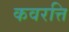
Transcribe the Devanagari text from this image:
कवरत्ति